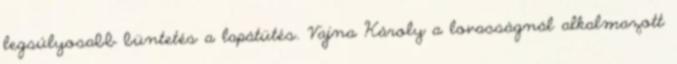
legsúlyosabb büntetés a lapátütés. Vajna Károly a lovasságnál alkalmazott